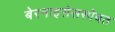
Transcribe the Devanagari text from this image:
बेरनाइसेससोबत